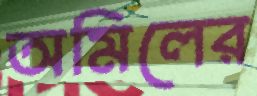
অমিলের